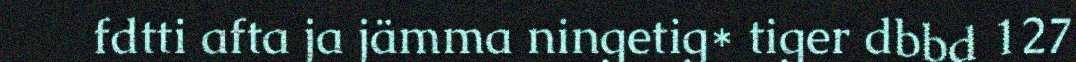
fdtti afta ja jämma ningetig* tiger dbbd 127